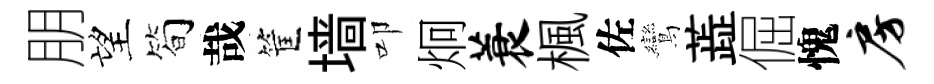
朋望简哉筐墙叩炯蓑楓佐鸞蕋倔愧房